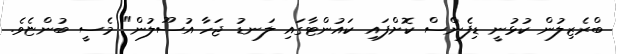
ބްރެޒިލުން ކުޅުނީ ޑިފެންސް ކޮށްފައި ކައުންޓާގައި ލަނޑު ޖަހާ އުސޫލުން" މެސީ ބުންޏެވެ.